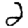
Digit: 2